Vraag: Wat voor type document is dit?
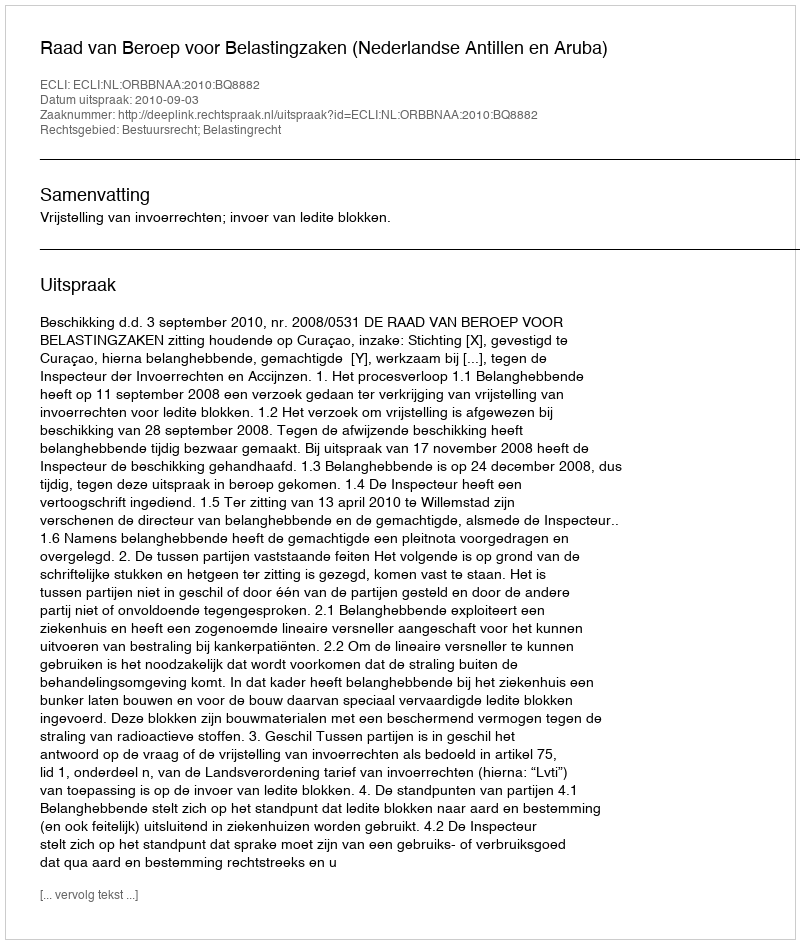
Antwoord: Uitspraak